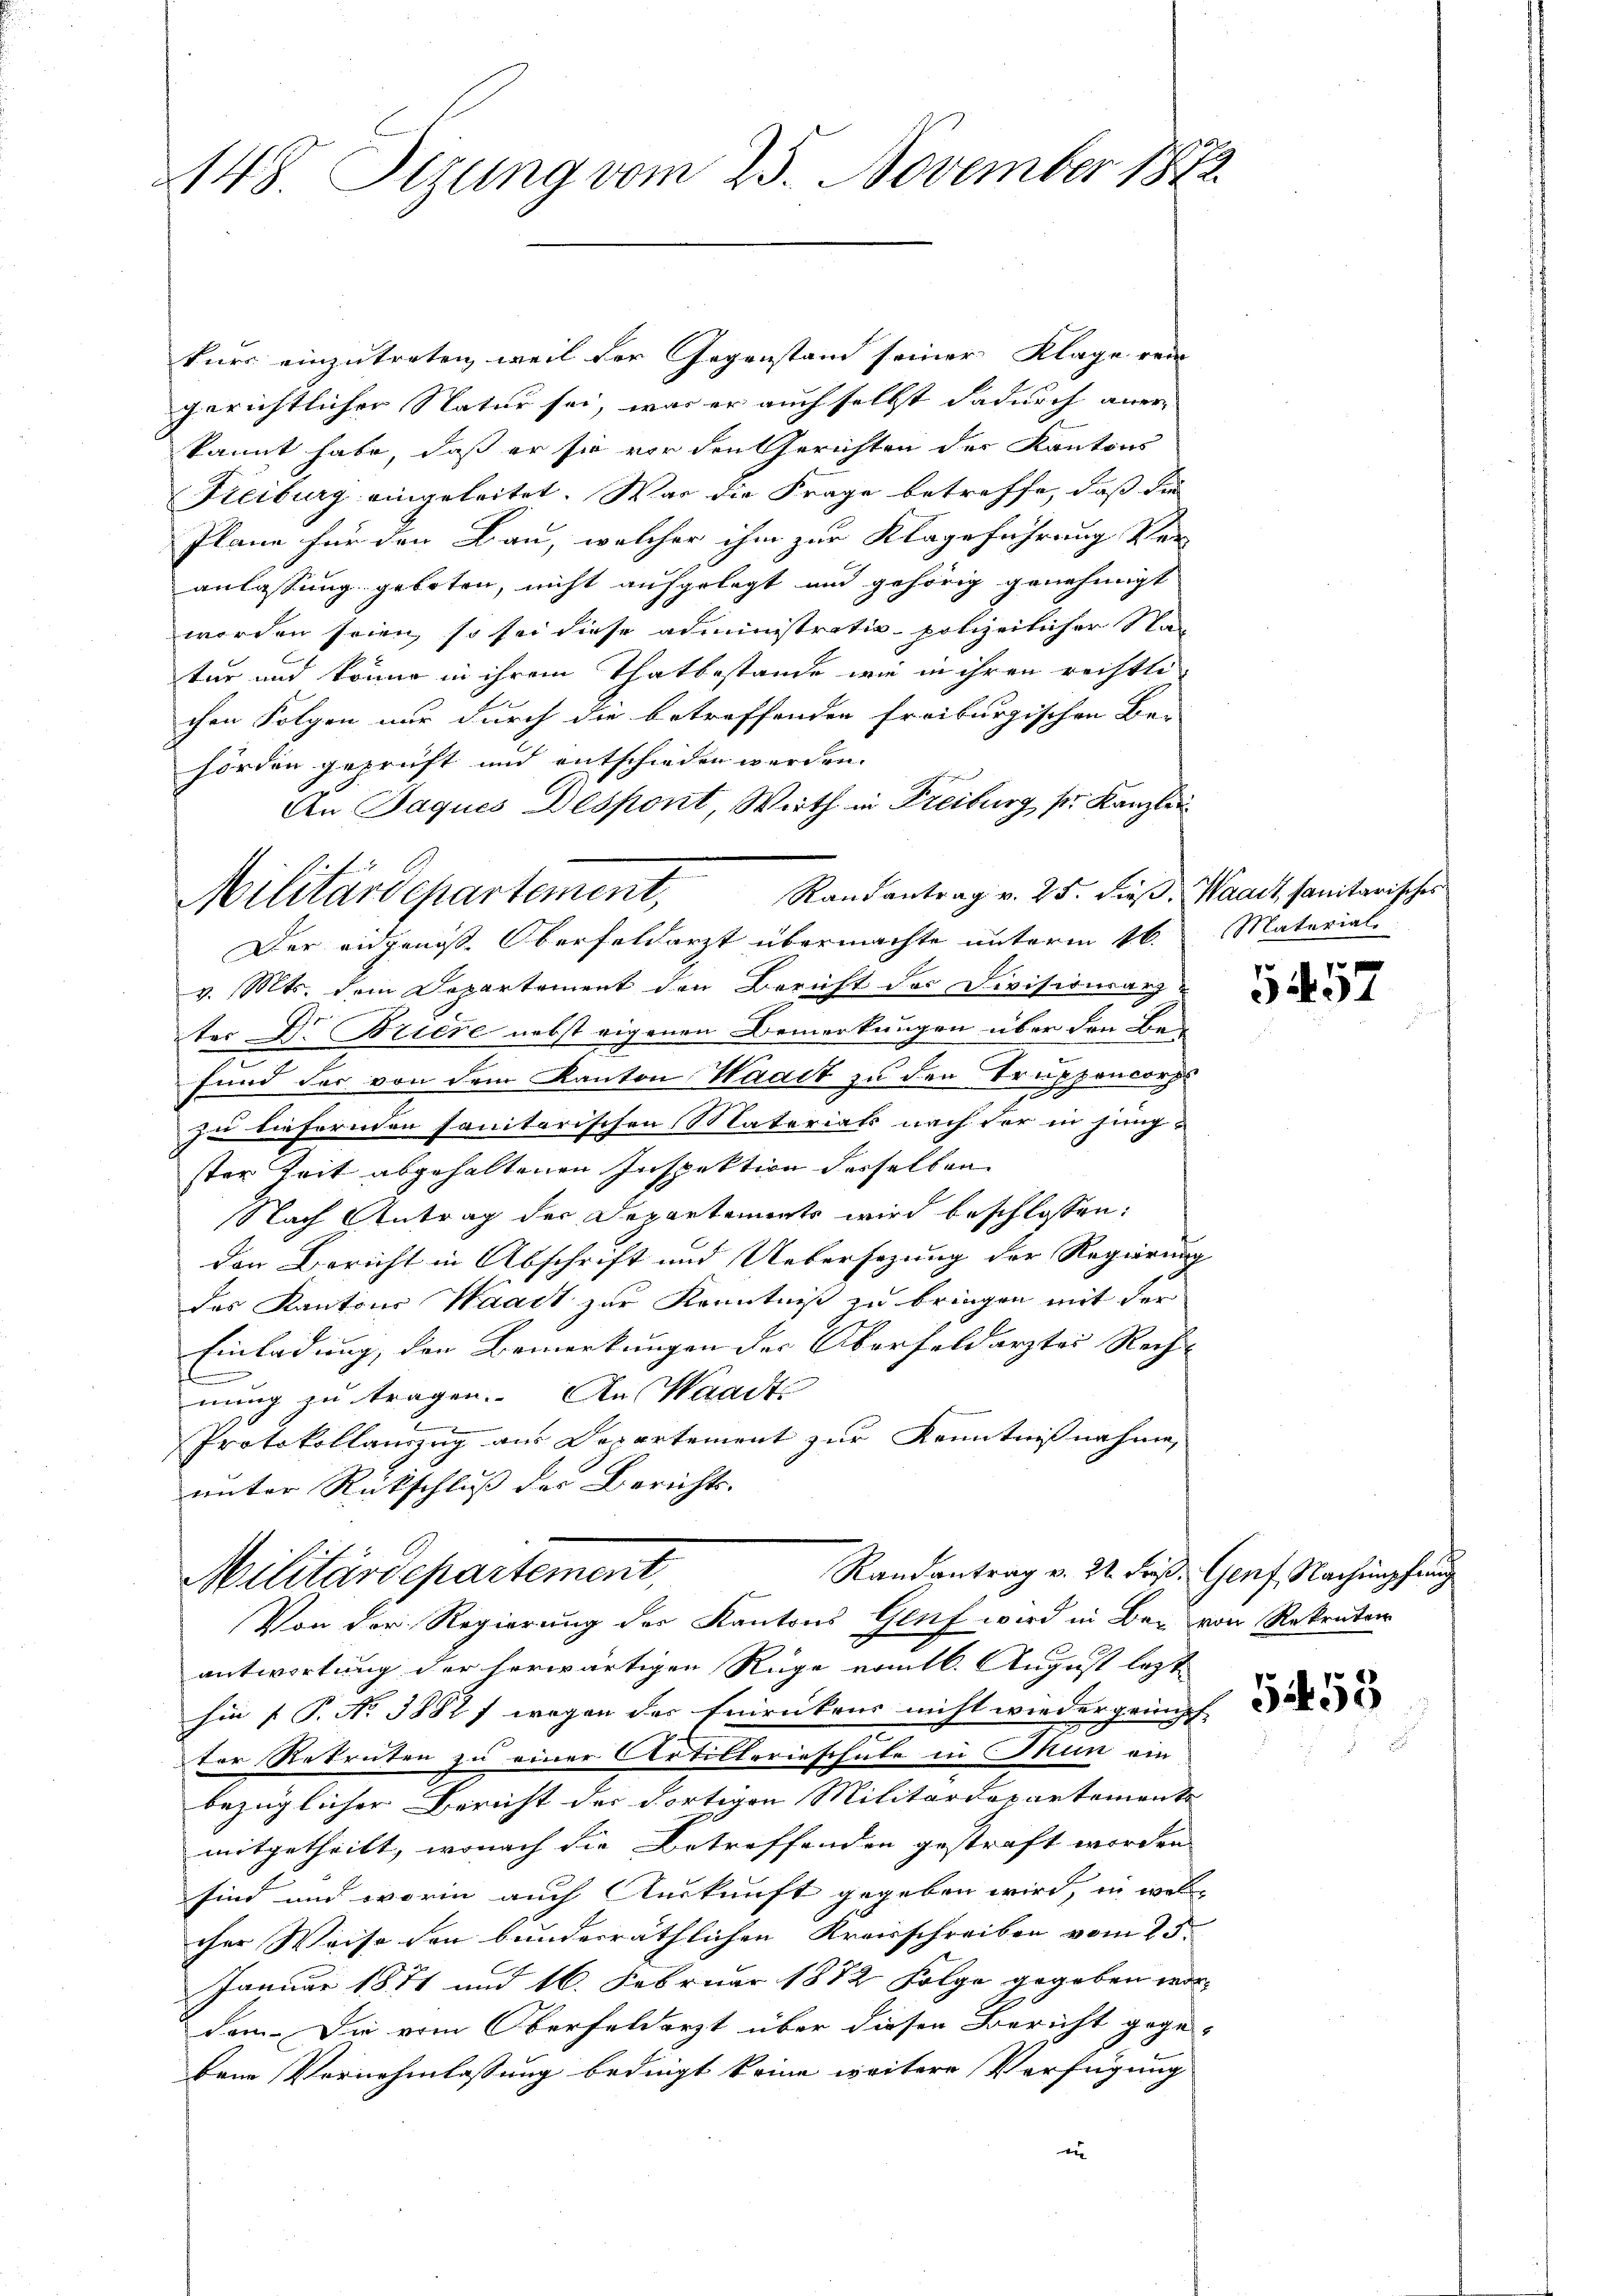
148. Sizung vom 25. November 1872

kurs einzutreten, weil der Gegenstand seiner Klage rein- |
gerichtlicher Natur sei, was er auch selbst dadurch aner
kannt habe, daß er sie vor den Gerichten der Kantons
Freiburg eingeleitet. War die Frage betreffe, daß die
Plane für den Bau, welcher ihm zur Klageführung Ver
anlassung geboten, nicht aufgelegt und gehörig genehmigt
worden seien, so sei diese administrativ-polizeilicher Stan
tur und könne in ihrem Thatbestände wie in ihren reistli
chen Folgen nur durch die betreffenden freiburgischen Be-
hörden geprüft und entschieden werden.
An Jaques Despont, Wirth in Freiburg sr. Kanzlei
Randantrag v. 25. dieß. Waadt, sanitarisches
Der eidgenoss. Oberfeldarzt übermachte unterm 16. Material-
v. Mts. dem Departement den Bericht des Divisionsarzt
ter Dr. Briere nebst eigenen Bemerkungen über den Bei
fund der von dem Kanton Waadt zu den Truppencorps
zu tiefernden sanitarischen Naterials nach der in jung-
ster Zeit abgehaltenen Inspektion derselben
Nach Antrag der Departements wird beschlossen:
den Bericht in Abschrift und Uebersezung der Regierung
das Kantons Waadt zur Kenntniß zu bringen mit der
Einladung, den Bemerkungen der Oberfeldarztes Rech- |
nung zu tragen. An Waadt
Protokollanzug aus Departement zur Kenntnißnahme,
unter Rückschluß der Bericht.
Randantrag v. 22. Frs. Genf, Nachimpfung
Militärdepartement,
Von der Regierung des Kantons Genf wird in Bar von Rekretär
antwortung der herwärtigen Rüge nomtl. August legt
hin (T. No 3882 wegen des Einrückens nicht wiedergrümpf
ter Rekruten zu einer Artillerieschute in Mun ein
bezüglicher Bericht der dortigen Militärdepartements-
mitgetheilt, wonach die Betreffenden gestraft worden
sind und worin auch Auskunft gegeben wird, in welc
cher Weise den bundesräthlichen Kreisschreiben vom 23.
Januar 1871 und 16. Februar 1882 Folge gegeben wor-
dem. Die vom Oberfeldert über diesen Bericht gege-
bein Vernehmlassung bedingt keine weitere Verfügung
d

Militärdepartement,

g
334

455